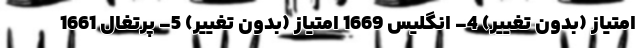
امتیاز (بدون تغییر) 4- انگلیس 1669 امتیاز (بدون تغییر) 5- پرتغال 1661